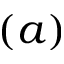
( a )